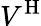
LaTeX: V^{\operatorname{H}}